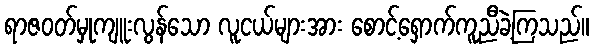
ရာဇဝတ်မှုကျူးလွန်သော လူငယ်များအား စောင့်ရှောက်ကူညီခဲ့ကြသည်။